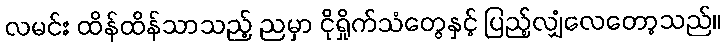
လမင်း ထိန်ထိန်သာသည့် ညမှာ ငိုရှိုက်သံတွေနှင့် ပြည့်လျှံလေတော့သည်။